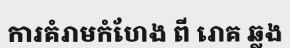
ការគំរាមកំហែង ពី រោគ ឆ្លង